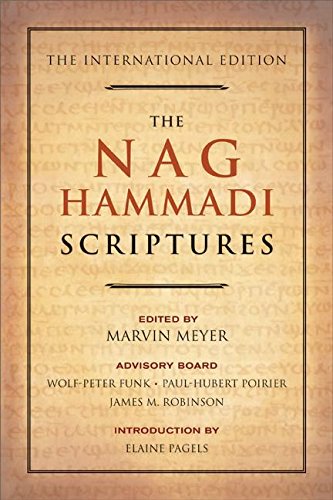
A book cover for The Nag Hammadi Scriptures: The International Edition; Christian Books & Bibles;